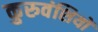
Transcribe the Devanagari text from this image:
कुरुवंशियों